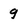
Character: 9